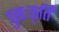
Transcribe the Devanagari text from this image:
पुनःकृर्ति